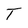
Character: T